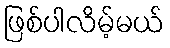
ဖြစ်ပါလိမ့်မယ်